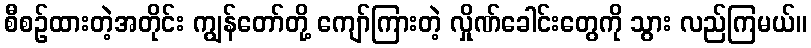
စီစဉ်ထားတဲ့အတိုင်း ကျွန်တော်တို့ ကျော်ကြားတဲ့ လှိုဏ်ခေါင်းတွေကို သွား လည်ကြမယ်။